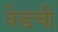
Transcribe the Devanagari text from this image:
वेडची